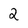
Character: 2